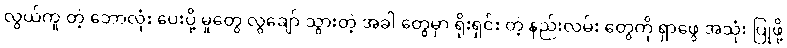
လွယ်ကူ တဲ့ ဘောလုံး ပေးပို့ မှုတွေ လွဲချော် သွားတဲ့ အခါ တွေမှာ ရိုးရှင်း တဲ့ နည်းလမ်း တွေကို ရှာဖွေ အသုံး ပြုဖို့